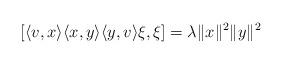
LaTeX: \begin{align*} [\langle v, x \rangle \langle x, y \rangle \langle y , v\rangle \xi, \xi ] =\lambda \| x\|^2 \| y\|^2\end{align*}